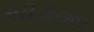
સીડીઆર